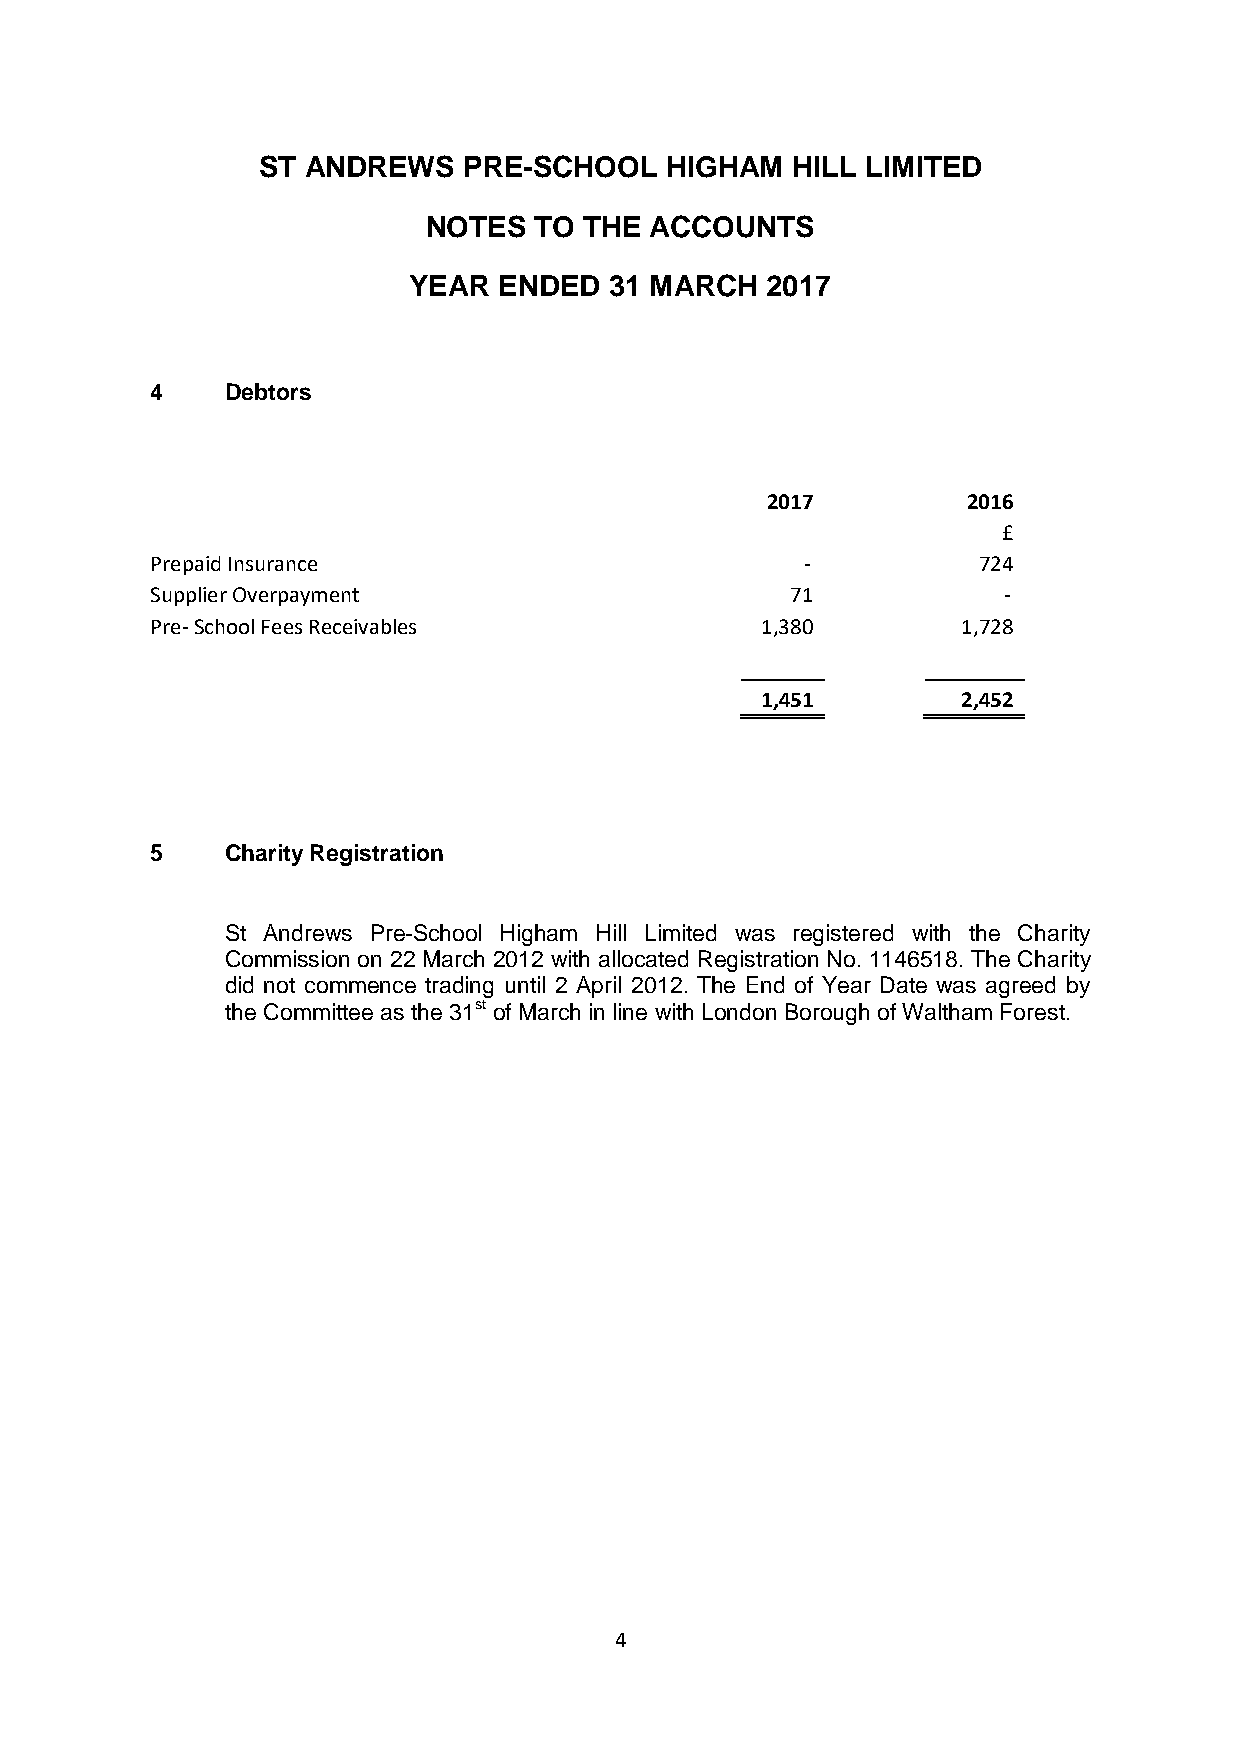
ST ANDREWS    PRE-SCHOOL   HIGHAM  HILL LIMITED
 NOTES  TO  THE ACCOUNTS
 YEAR  ENDED  31 MARCH   2017
 4    Debtors
 2017         2016
 £
 Prepaid Insurance                          -           724
 Supplier Overpayment                      71            -
 Pre-School Fees Receivables             1,380         1,728
 1,451         2,452
 5    Charity Registration
 St Andrews Pre-School Higham Hill Limited was registered with the Charity
 Commission on 22 March 2012 with allocated Registration No. 1146518. The Charity
 did not commence trading until 2 April 2012. The End of Year Date was agreed by
 the Committee as the 31st of March in line with London Borough of Waltham Forest.
 4